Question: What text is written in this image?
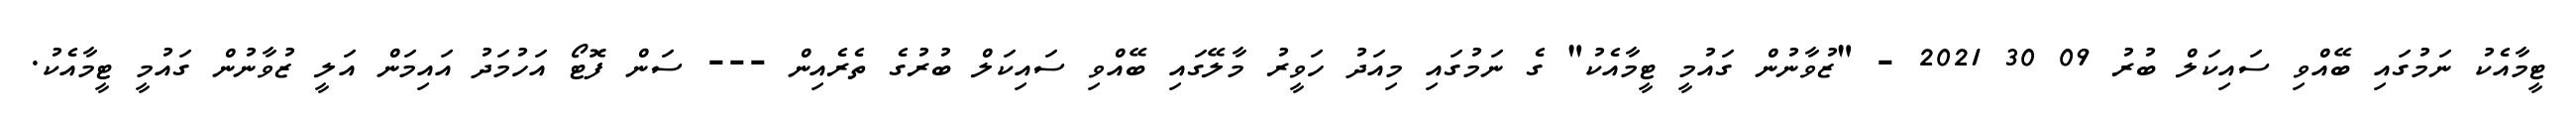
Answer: ޓީމާއެކު ނަމުގައި ބޭއްވި ސައިކަލް ބުރު 09 30 2021 - "ޒުވާނުން ގައުމީ ޓީމާއެކު" ގެ ނަމުގައި މިއަދު ހަވީރު މާލޭގައި ބޭއްވި ސައިކަލް ބުރުގެ ތެރެއިން --- ސަން ފޮޓޯ އަހުމަދު އައިމަން އަލީ ޒުވާނުން ގައުމީ ޓީމާއެކު.